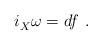
LaTeX: \begin{align*} i_X^{} \omega = df~.\end{align*}